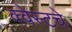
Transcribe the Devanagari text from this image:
क्वेस्टचे